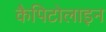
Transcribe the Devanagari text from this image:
कैपिटोलाइन